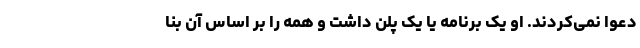
دعوا نمی‌کردند. او یک برنامه یا یک پلن داشت و همه را بر اساس آن بنا